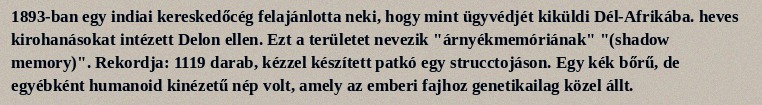
1893-ban egy indiai kereskedőcég felajánlotta neki, hogy mint ügyvédjét kiküldi Dél-Afrikába. heves kirohanásokat intézett Delon ellen. Ezt a területet nevezik "árnyékmemóriának" "(shadow memory)". Rekordja: 1119 darab, kézzel készített patkó egy strucctojáson. Egy kék bőrű, de egyébként humanoid kinézetű nép volt, amely az emberi fajhoz genetikailag közel állt.